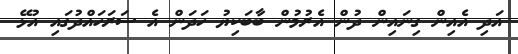
އަދި އެއިން ގިނައިން ދުން އެރުމުން ބާބަކިޔު ހަދަން އެ ސަރަހައްދުގައި އުޅޭ